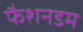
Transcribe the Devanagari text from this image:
फैशनडम